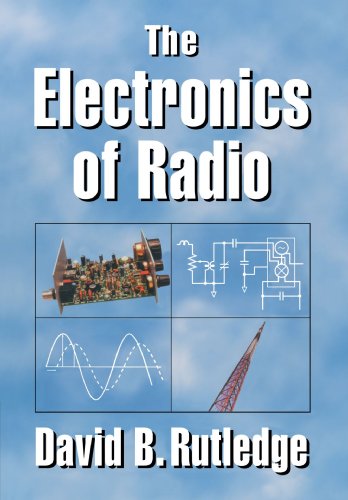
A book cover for The Electronics of Radio; David Rutledge; Humor & Entertainment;